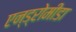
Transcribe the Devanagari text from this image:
एन्ड्रोमीडा